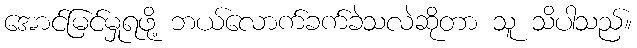
အောင်မြင်မှုရဖို့ ဘယ်လောက်ခက်ခဲသလဲဆိုတာ သူ သိပါသည်။